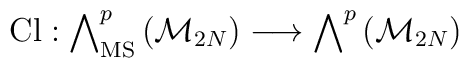
{\rm Cl}: \bigwedge \nolimits ^p_{\rm MS} \left({\cal M}_{2N}\right)\longrightarrow \bigwedge \nolimits ^p \left({\cal M}_{2N} \right)